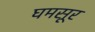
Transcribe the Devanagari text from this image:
घमसूर